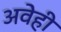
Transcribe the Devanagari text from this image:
अवेही